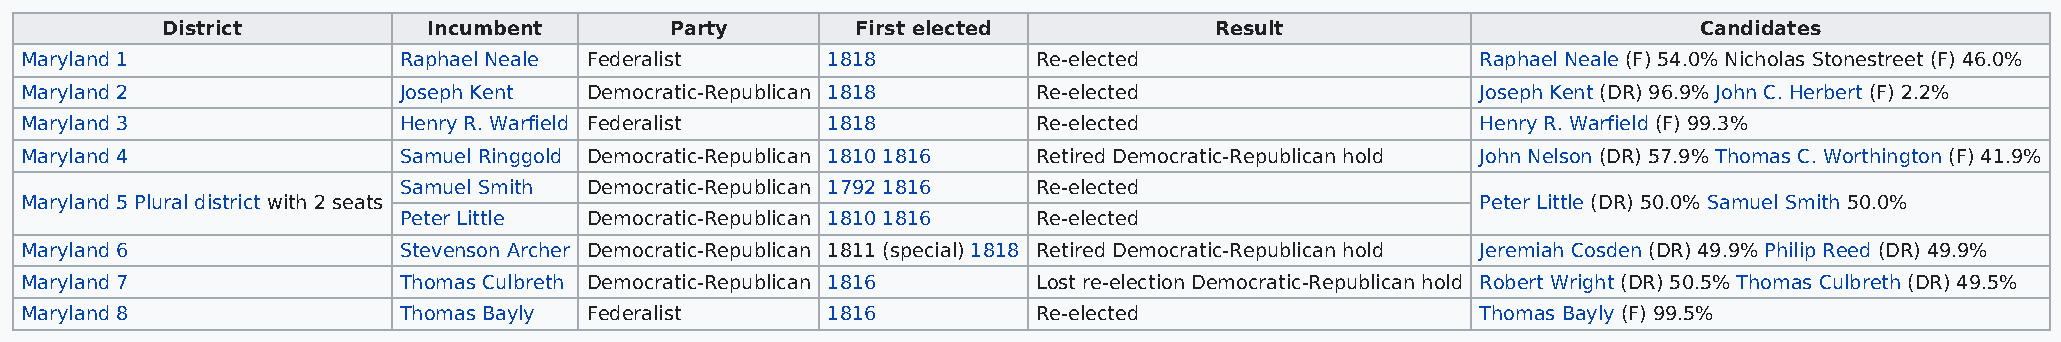
District         Incumbent       Party        First elected          Result                          Candidates
 Maryland 1               Raphael Neale Federalist     1818          Re-elected                   Raphael Neale (F) 54.0% Nicholas Stonestreet (F) 46.0%
 Maryland 2               Joseph Kent  Democratic-Republican 1818    Re-elected                   Joseph Kent (DR) 96.9% John C. Herbert (F) 2.2%
 Maryland 3               Henry R. Warfield Federalist 1818          Re-elected                   Henry R. Warfield (F) 99.3%
 Maryland 4               Samuel Ringgold Democratic-Republican 1810 1816 Retired Democratic-Republican hold John Nelson (DR) 57.9% Thomas C. Worthington (F) 41.9%
 Samuel Smith Democratic-Republican 1792 1816 Re-elected
 Maryland 5 Plural district with 2 seats                                                          Peter Little (DR) 50.0% Samuel Smith 50.0%
 Peter Little Democratic-Republican 1810 1816 Re-elected
 Maryland 6               Stevenson Archer Democratic-Republican 1811 (special) 1818 Retired Democratic-Republican hold Jeremiah Cosden (DR) 49.9% Philip Reed (DR) 49.9%
 Maryland 7               Thomas Culbreth Democratic-Republican 1816 Lost re-election Democratic-Republican hold Robert Wright (DR) 50.5% Thomas Culbreth (DR) 49.5%
 Maryland 8               Thomas Bayly Federalist      1816          Re-elected                   Thomas Bayly (F) 99.5%